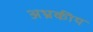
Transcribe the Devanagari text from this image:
अभ्रकीय